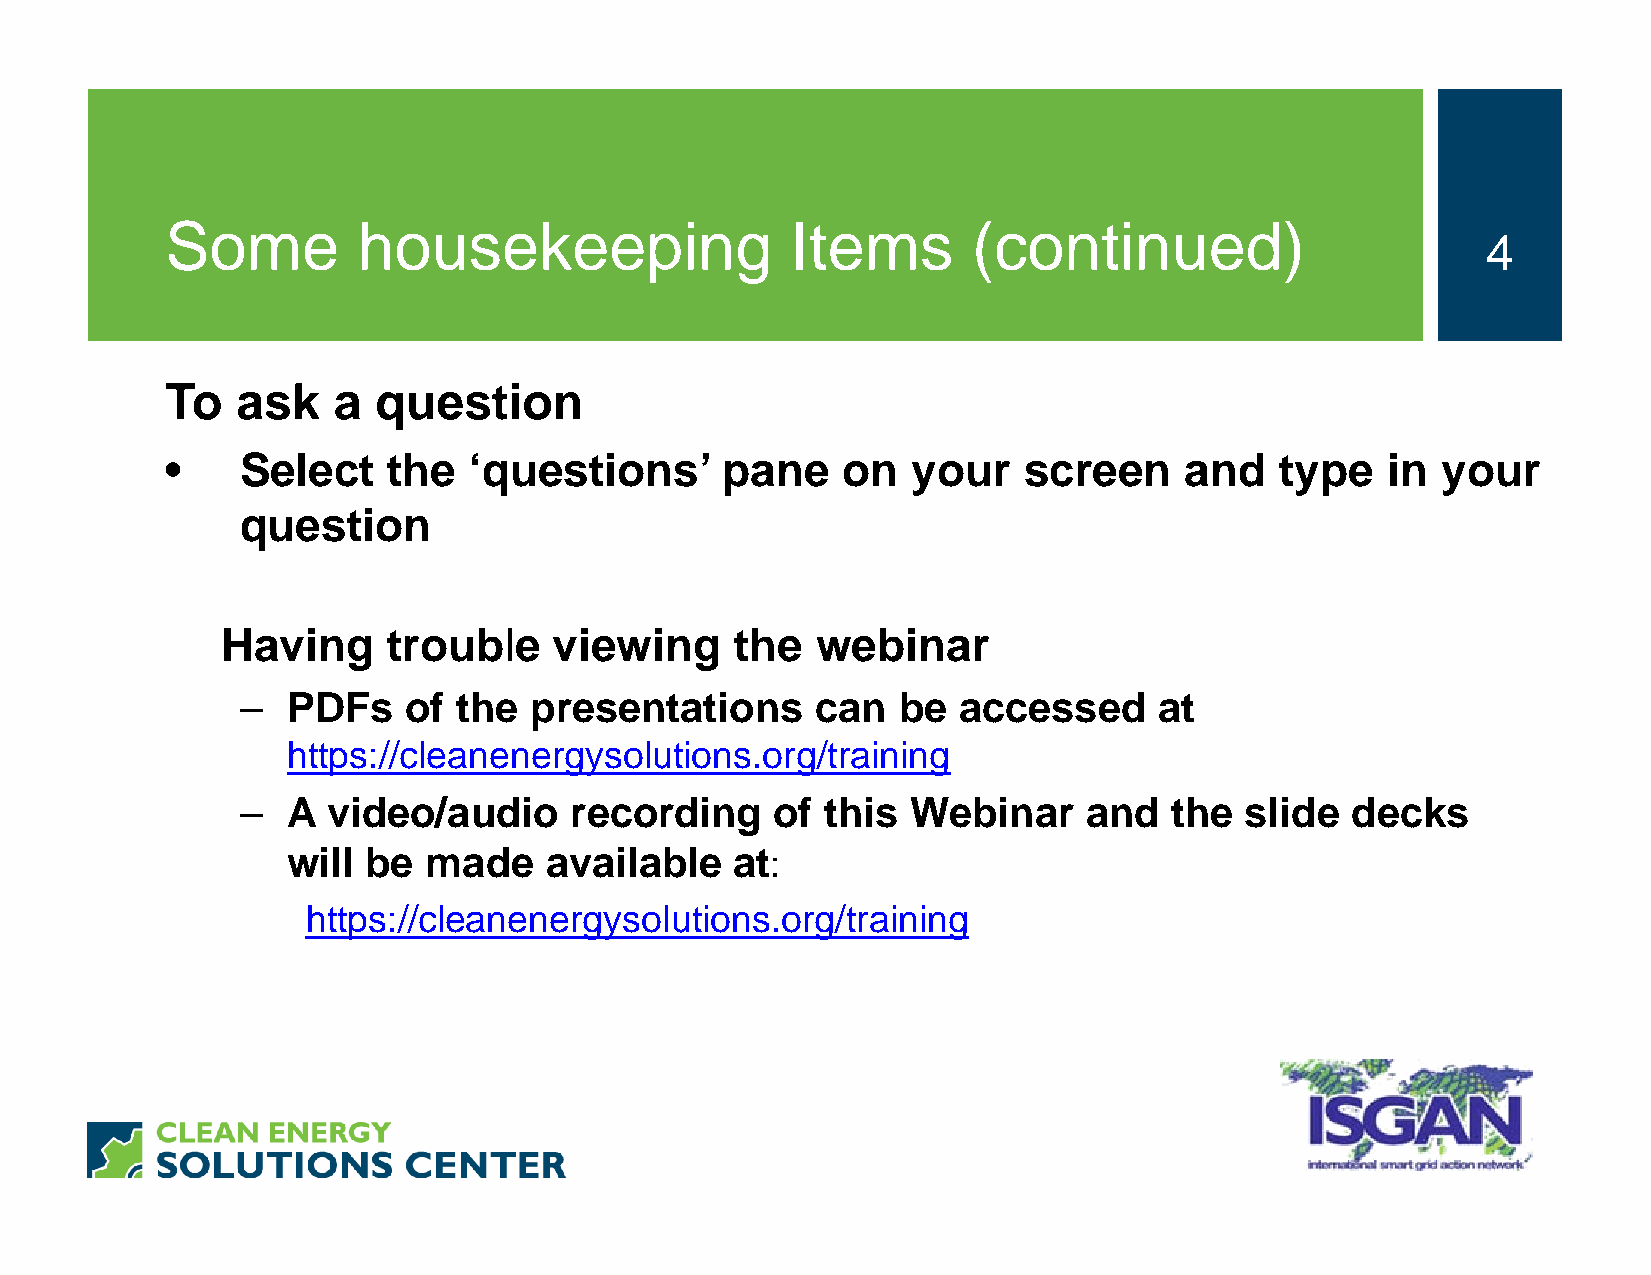
Some         housekeeping                Items       (continued)
 4
 To   ask   a  question
 •    Select    the  ‘questions’      pane    on  your    screen    and    type   in your
 question
 Having     trouble    viewing     the  webinar
 –  PDFs    of the  presentations      can  be  accessed      at
 https://cleanenergysolutions.org/training
 –  A  video/audio     recording    of  this Webinar     and  the  slide  decks
 will be  made    available    at:
 https://cleanenergysolutions.org/training